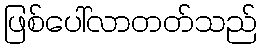
ဖြစ်ပေါ်လာတတ်သည်